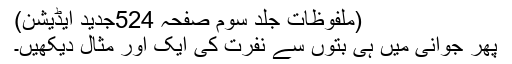
(ملفوظات جلد سوم صفحہ 524جدید ایڈیشن)
پھر جوانی میں ہی بتوں سے نفرت کی ایک اور مثال دیکھیں۔